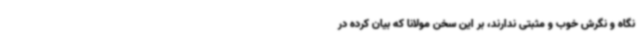
نگاه و نگرش خوب و مثبتی ندارند، بر این سخن مولانا که بیان کرده‌ در